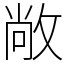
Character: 敞